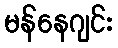
မန်နေဂျင်း